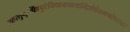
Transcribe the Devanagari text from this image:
ततस्तुमृत्पिंडपुटेनिधायपश्यन्दिशंप्रेतगणोपरुढां